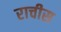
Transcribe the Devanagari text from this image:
राचीस